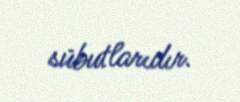
sübutlarıdır.